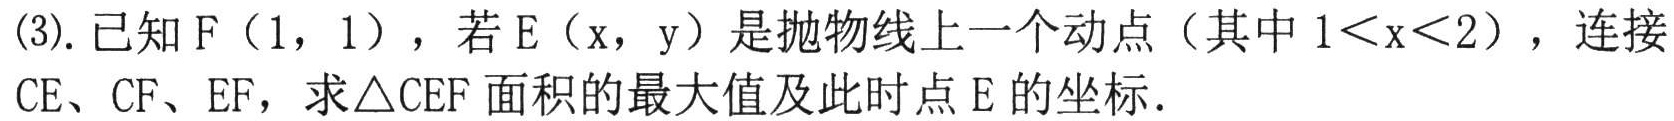
(3). 已知\(F(1,1)\)，若\(E(x,y)\)是抛物线上一个动点（其中\(1<x<2\)），连接\(CE\)、\(CF\)、\(EF\)，求\(\triangle CEF\)面积的最大值及此时点\(E\)的坐标.